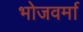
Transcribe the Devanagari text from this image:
भोजवर्मा